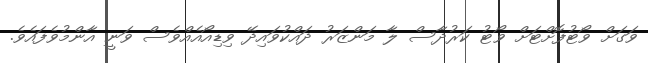
ވަގަށް ވޯޓުފޮށްޓަށް ވޯޓު ކަރުދާސް ލާ މަންޒަރު ދައްކުވައިދޭ ވިޑިއޯއެއްވެސް ވަނީ އާންމުވެފައެވެ.